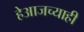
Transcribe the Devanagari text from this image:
हेआजच्याही